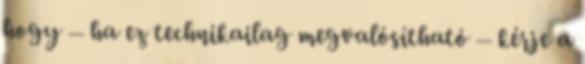
hogy – ha ez technikailag megvalósítható – kérje a